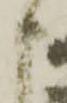
申